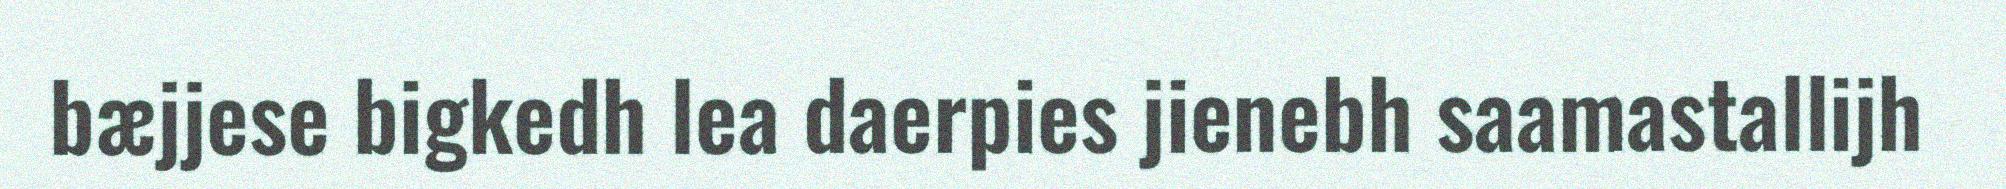
bæjjese bigkedh lea daerpies jienebh saamastallijh